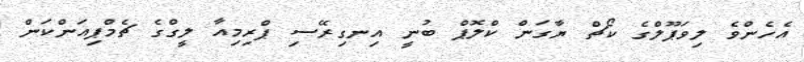
އެހެންވެ ލިވަޕޫލްގެ ކޯޗް ޔާގަން ކްލޮޕް ބުނީ އިނގިރޭސި ޕްރިމިއާ ލީގްގެ ޗެމްޕިއަންކަން